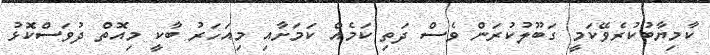
ކާމިޔާބުކުރެވޭކަމީ ގަބޫލުކުރަން ވެސް ދަތި ކަމެއް ކަމަށާއި މިއަހަރު ބާކީ މިއޮތް ދުވަސްކޮޅު